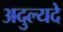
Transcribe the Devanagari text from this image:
अदुल्यदे